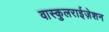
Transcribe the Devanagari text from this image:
वास्कुलराईज़ेशन